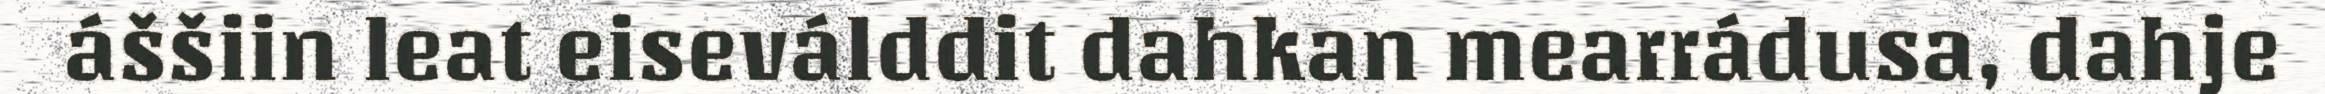
áššiin leat eiseválddit dahkan mearrádusa, dahje